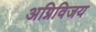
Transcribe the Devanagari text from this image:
अग्निविजय